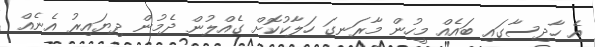
އެ ހާދިސާގައި ބައެއް މީހުން މާރަނގަ ހަލާކުކޮށް ގެއްލުން ދެމުން ދިޔައިރު އެނެއް